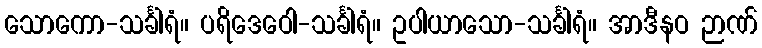
သောကော-သင်္ခါရံ။ ပရိဒေဝေါ-သင်္ခါရံ။ ဥပါယာသော-သင်္ခါရံ။ အာဒီနဝ ဉာဏ်